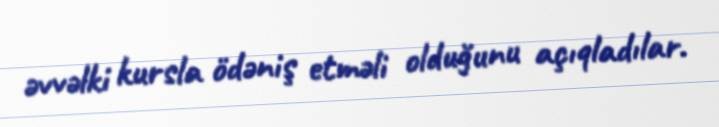
əvvəlki kursla ödəniş etməli olduğunu açıqladılar.